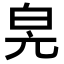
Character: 𤽕